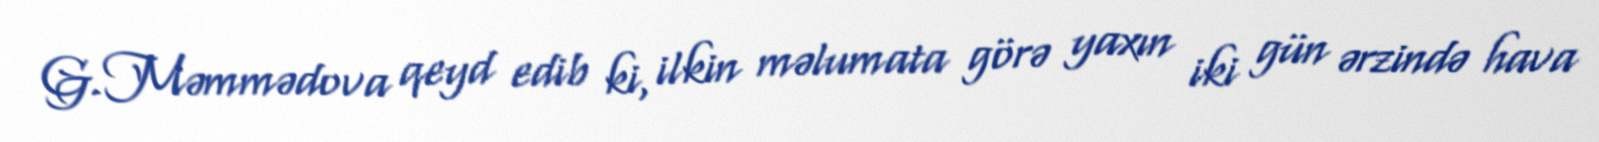
G.Məmmədova qeyd edib ki, ilkin məlumata görə yaxın iki gün ərzində hava